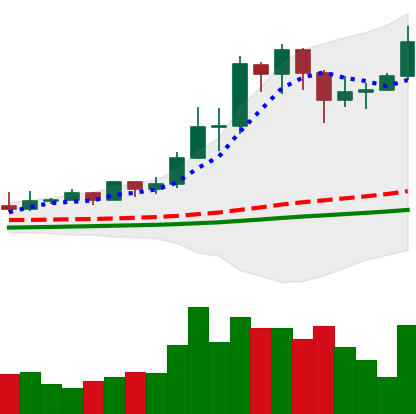
Ticker: TRX-USD
Chart end date: 2021-02-19
Forward return: -21.304%
Label: down_7plus